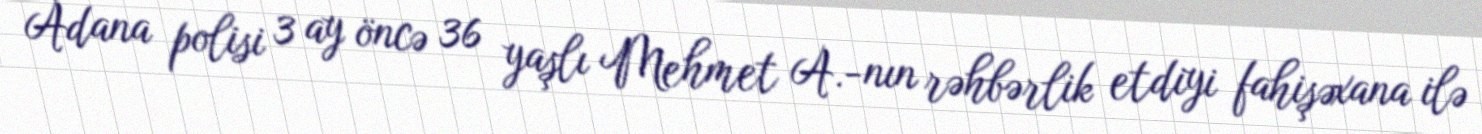
Adana polisi 3 ay öncə 36 yaşlı Mehmet A.-nın rəhbərlik etdiyi fahişəxana ilə